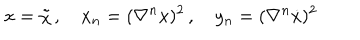
LaTeX: x = \tilde { \chi } \, , \quad x _ { n } = ( \nabla ^ { n } x ) ^ { 2 } \, , \quad y _ { n } = ( \nabla ^ { n } \dot { x } ) ^ { 2 }